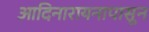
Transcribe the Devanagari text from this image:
आदिनारायनापासून